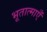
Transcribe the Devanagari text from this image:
भूतात्माएँ